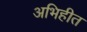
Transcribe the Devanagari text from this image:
अभिहीत